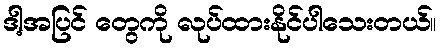
ဒါ့အပြင် တွေကို လုပ်ထားနိုင်ပါသေးတယ်။